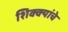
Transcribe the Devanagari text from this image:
शिक्क्यांचे